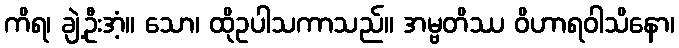
ကိရ၊ ချဲ့ဦးအံ့။ သော၊ ထိုဥပါသကာသည်။ အမ္ဗတိဿ ဝိဟာရဝါသိနော၊